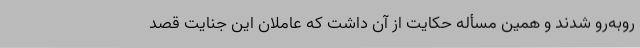
رو‌به‌رو شدند و همین مسأله حکایت از آن داشت که عاملان این جنایت قصد